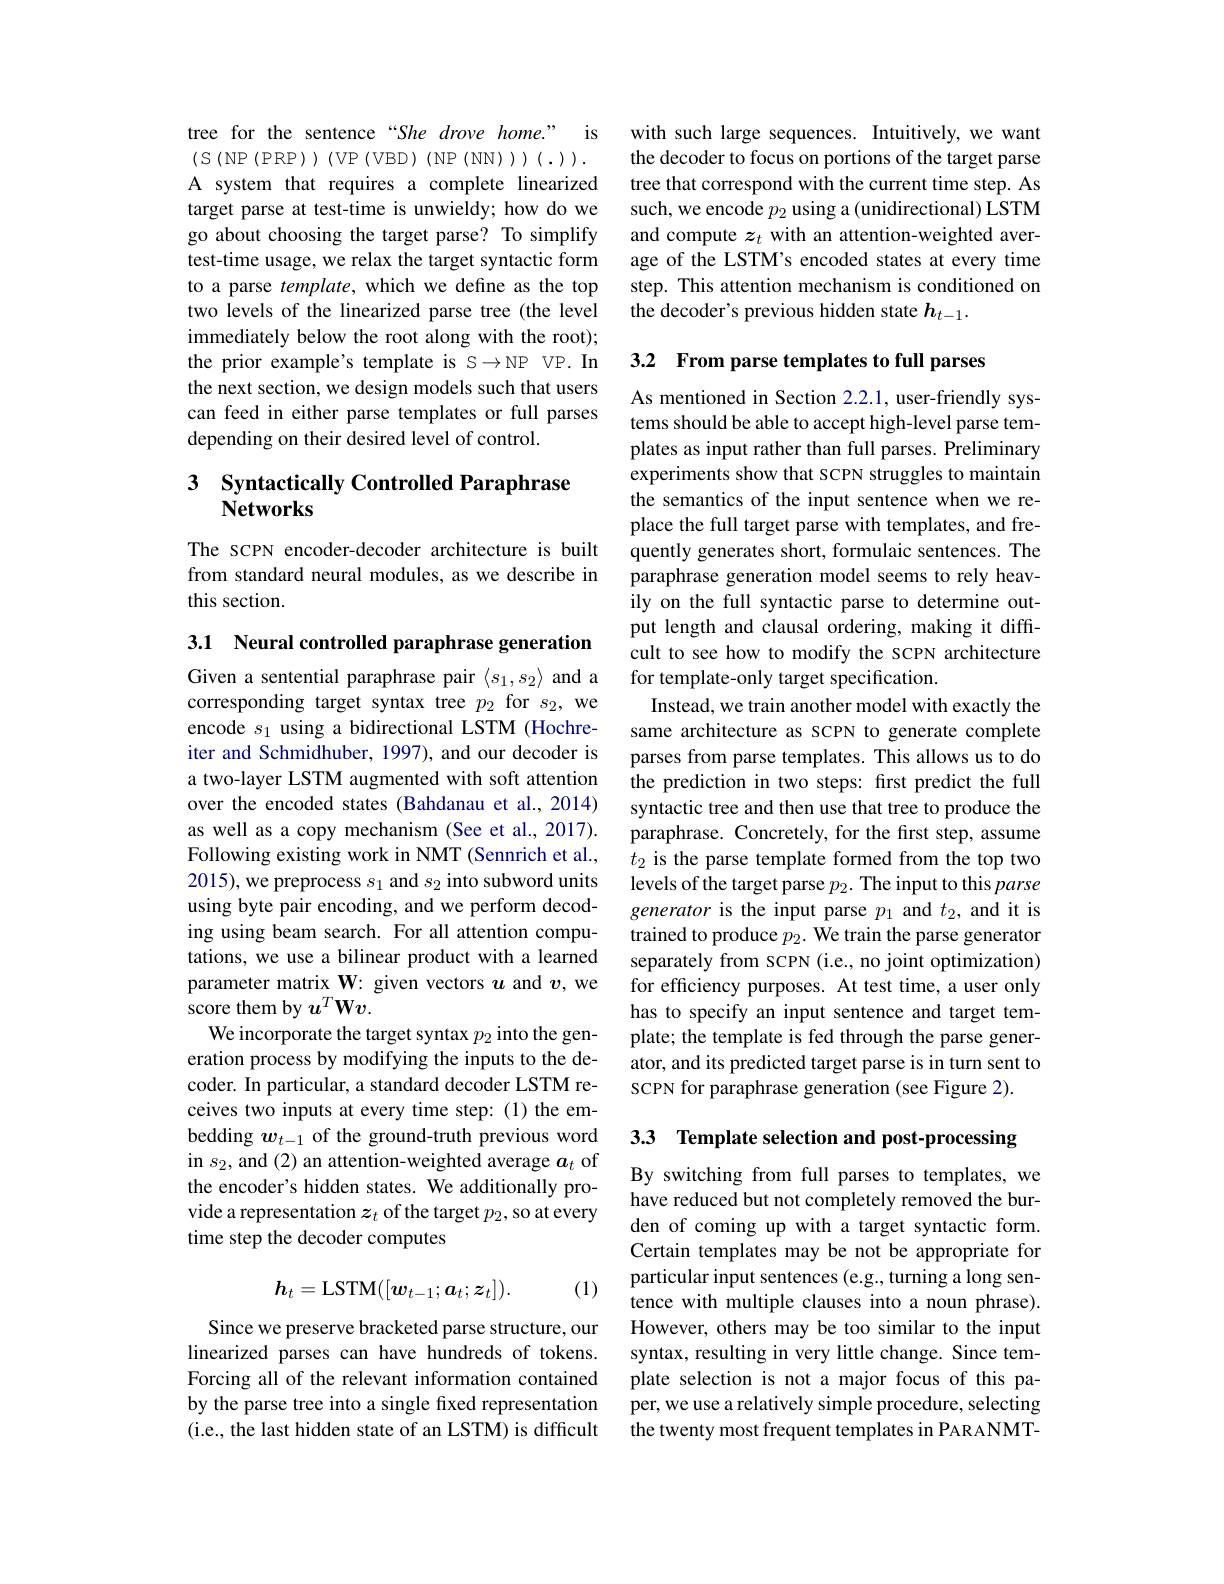
tree for the sentence “She drove home.” is (S(NP(PRP))(VP(VBD)(NP(NN)))(.)). A system that requires a complete linearized target parse at test-time is unwieldy; how do we go about choosing the target parse? To simplify test-time usage, we relax the target syntactic form to a parse template, which we define as the top two levels of the linearized parse tree (the level immediately below the root along with the root); the prior example's template is S→NP VP.In the next section, we design models such that users can feed in either parse templates or full parses depending on their desired level of control.

### 3 Syntactically Controlled Paraphrase $\mathbf{Networks}$

The sCPN encoder-decoder architecture is built from standard neural modules, as we describe in this section.

3.1 Neural controlled paraphrase generation Given a sentential paraphrase pair $\langle s_1,s_2\rangle$ and a corresponding target syntax tree $p_2$ for $s_2$, we encode $s_1$ using a bidirectional LSTM (Hochreiter and Schmidhuber, 1997), and our decoder is a two-layer LSTM augmented with soft attention over the encoded states (Bahdanau et al., 2014) as well as a copy mechanism (See et al., 2017). Following existing work in NMT (Sennrich et al., 2015), we preprocess $s_1$ and $s_2$ into subword units using byte pair encoding, and we perform decoding using beam search. For all attention computations, we use a bilinear product with a learned parameter matrix W: given vectors $u$ and $v$, we score them by $u^T\mathbf{W}v.$
We incorporate the target syntax $p_2$ into the generation process by modifying the inputs to the decoder. In particular, a standard decoder LSTM receives two inputs at every time step:(1) the embedding $w_{t-1}$ of the ground-truth previous word in $s_2$,and (2) an attention-weighted average $a_t$ of the encoder's hidden states. We additionally provide a representation $z_t$ of the target $p_2$,so at every time step the decoder computes
$$h_t=\mathrm{LSTM}([\boldsymbol{w}_{t-1};\boldsymbol{a}_t;\boldsymbol{z}_t]).$$
(1)

Since we preserve bracketed parse structure, our linearized parses can have hundreds of tokens. Forcing all of the relevant information contained by the parse tree into a single fixed representation (i.e., the last hidden state of an LSTM) is difficult

with such large sequences. Intuitively, we want the decoder to focus on portions of the target parse tree that correspond with the current time step. As such, we encode $p_2$ using a (unidirectional) LSTM and compute $z_t$ with an attention-weighted average of the LSTM's encoded states at every time step. This attention mechanism is conditioned on the decoder's previous hidden state $h_t-1.$

3.2 From parse templates to full parses

As mentioned in Section 2.2.1, user-friendly systems should be able to accept high-level parse templates as input rather than full parses. Preliminary experiments show that SCPN struggles to maintain the semantics of the input sentence when we replace the full target parse with templates, and frequently generates short, formulaic sentences. The paraphrase generation model seems to rely heavily on the full syntactic parse to determine output length and clausal ordering, making it difficult to see how to modify the SCPN architecture for template-only target specification.
Instead, we train another model with exactly the same architecture as SCPN to generate complete parses from parse templates. This allows us to do the prediction in two steps: first predict the full syntactic tree and then use that tree to produce the paraphrase. Concretely, for the first step, assume $t_2$ is the parse template formed from the top two levels of the target parse $p_2.$ The input to this parse generator is the input parse $p_1$ and $t_2$, and it is trained to produce $p_2.$ We train the parse generator separately from SCPN (i.e., no joint optimization) for efficiency purposes. At test time, a user only has to specify an input sentence and target template; the template is fed through the parse generator, and its predicted target parse is in turn sent to SCPN for paraphrase generation (see Figure 2).

3.3 Template selection and post-processing

By switching from full parses to templates, we have reduced but not completely removed the burden of coming up with a target syntactic form. Certain templates may be not be appropriate for particular input sentences (e.g., turning a long sentence with multiple clauses into a noun phrase). However, others may be too similar to the input syntax, resulting in very little change. Since template selection is not a major focus of this paper, we use a relatively simple procedure, selecting the twenty most frequent templates in PARANMT-